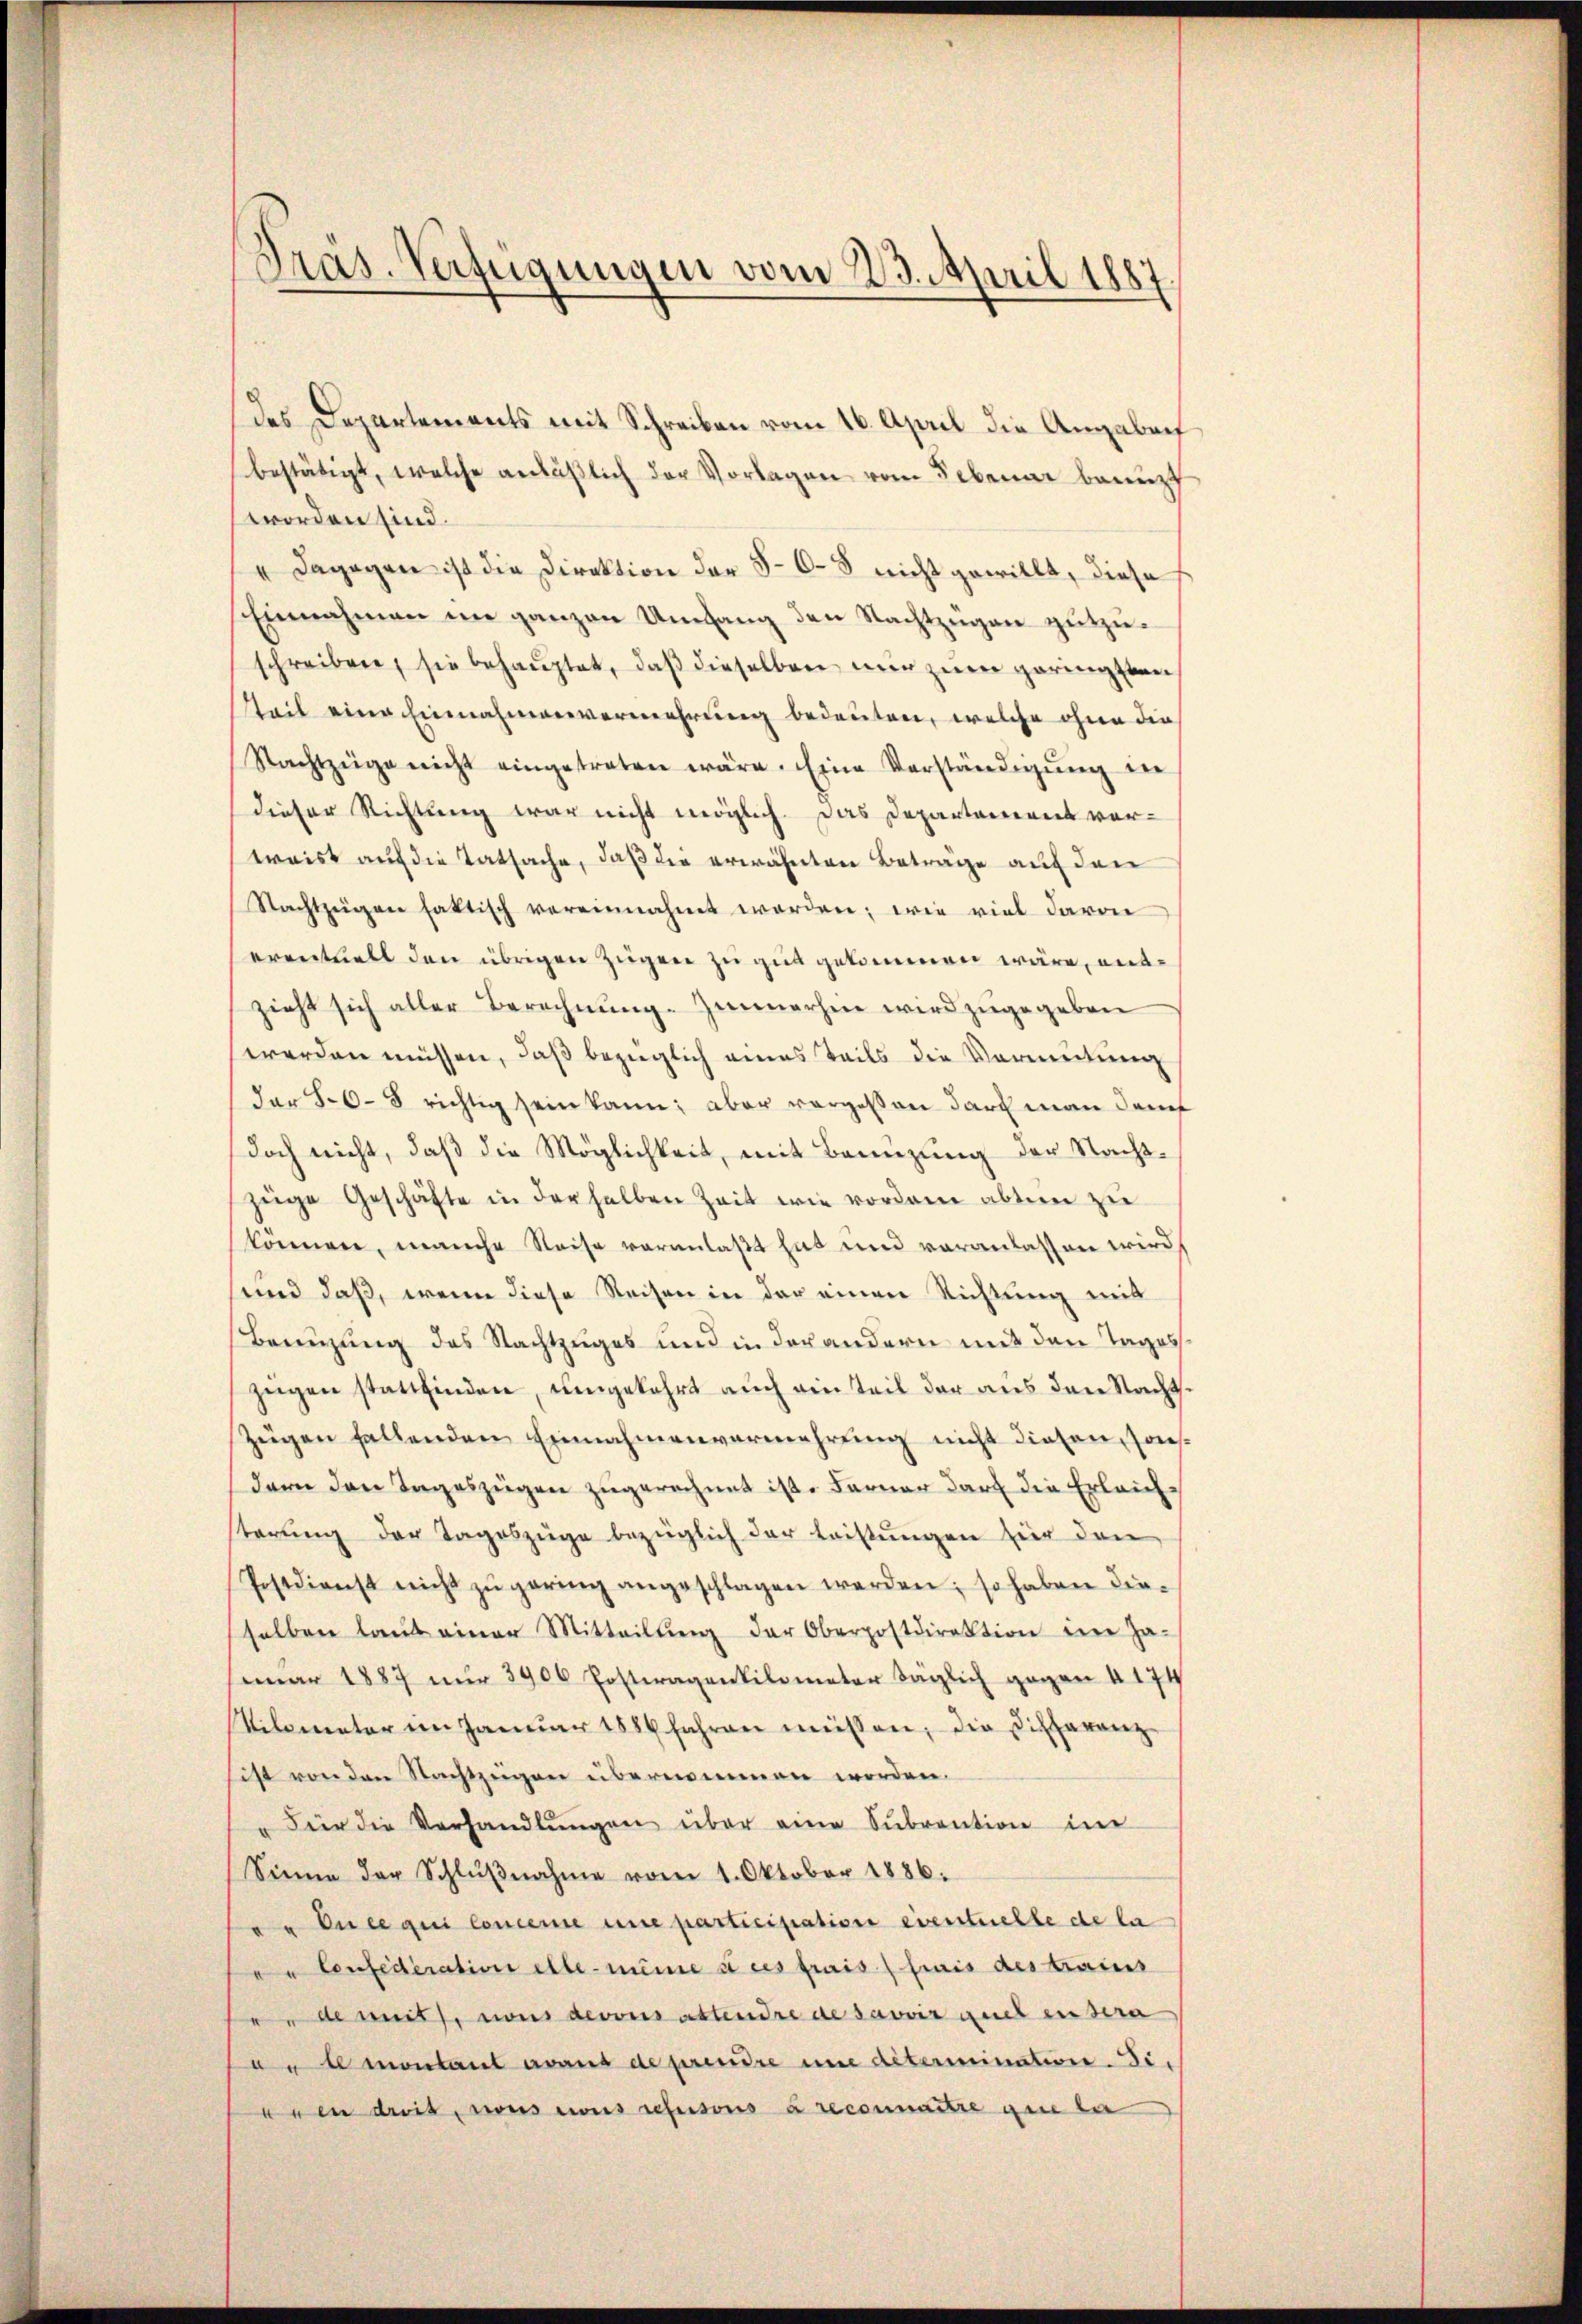
Präs. Verfügungen vom 23. April 1887

des Departements mit Schreiben vom 16. April die Angaben
bestätigt, welche anläβlich der Vorlagen vom Lebenar benuzt
worden sind.
" Dagegen ist die Direktion der 5-6-8 nicht gewillt, diese
Einnahmen im ganzen Umfang den Nachtzügen gutzuschreiben, sie behaŭptet, daβ dieselben nŭr zŭm geringsten
Teil eine Einnahmenvermehrung bedeuten, welche ohne dies
Nachtzeige nicht eingetreten wäre. Eine Verständigŭng in
dieser Richtung war nicht möglich. Das Departement vor-
weist auf die Tatsache, daß die erwähnten Beträge auf den
Nachtzügen faktisch vereinnahmt werden; wie viel davon
eventuell den übrigen Zügen zu gut gekommen wäre, entzieht sich aller Berechnŭng. Zimmerhin wird zugegeben
werden müssen, daß bezüglich eines Teils die Vermeitung
dar 56-8 richtig sein kann; aber vorgessen darf man dan
doch nicht, daß die Möglichkeit, mit Benuzung der Nachtzüge Geschäfte in der halben Zeit wie vordem abten zu
können, manche Reise veranlaßt hat und veranlassen wird
und daß, wenn diese Reisen in der einen Richtung mit
Benuzung des Nachtzuges und in der andern mit den Tageszügen stattfinden, umgekehrt auch ein Teil der aus den Nacht¬
Zügen fallenden Einnahmenvermehrung nicht diesen, sonsdern den Tageszügen zugerechnet ist. Ferner darf die Erleich-
sterung der Tageszüge bezüglich der Leistungen für den
Postdienst nicht zŭ gering angeschlagen werden; so haben dieselben laut einer Mitteilŭng der Oberpostdirektion im Ja-
mar 1887 nur 1906 Posteragenkilometer täglich gegen 4 174
Vilometer im Janŭar 1886 fahren müssen, die Differanz-
Fist von den Nachtzeigen übernommen worden.
Für die Verhandlŭngen über eine Sŭbvention im
Sinne der Schlŭβnahme vom 1. Oktober 1886.
" En ce qui concerne eine participation eventuelle de la
e Confederation elle-même à ces frais (frais des trains
 de mit von devous attendre de savoir auch in sera
 montant avant de prendre um détermination. Sidren dreis, sous cous refusons à reconnaitre gene ber